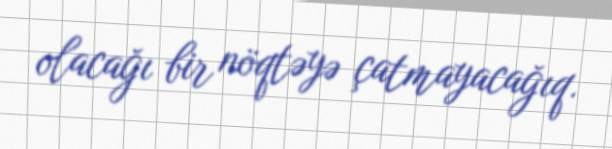
olacağı bir nöqtəyə çatmayacağıq.